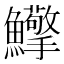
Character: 𩽡